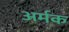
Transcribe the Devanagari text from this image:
अर्मक